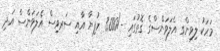
މަހަކު ލިވިންގ އެލަވަންސްގެ ގޮތުގައި -/3